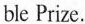
ble Prize.